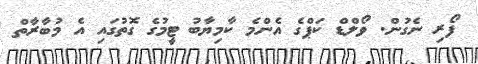
ފޯރި ނެގުން. ވޯލްޑް ކަޕްގެ އެންމެ ކާމިޔާބު ޓީމުގެ ގޮތުގައި އެ މުބާރާތް